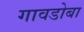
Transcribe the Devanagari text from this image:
गावडोबा